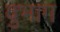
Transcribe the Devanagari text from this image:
वुभाग